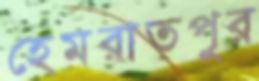
হেমরাতপুর